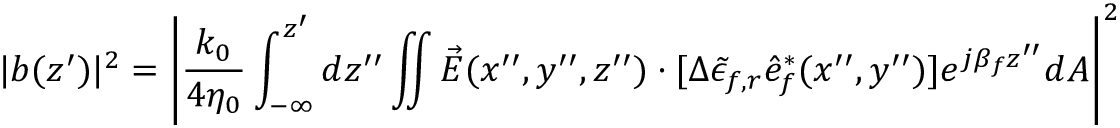
| b ( z ^ { \prime } ) | ^ { 2 } = \left| \frac { k _ { 0 } } { 4 \eta _ { 0 } } \int _ { - \infty } ^ { z ^ { \prime } } d z ^ { \prime \prime } \iint \vec { E } ( x ^ { \prime \prime } , y ^ { \prime \prime } , z ^ { \prime \prime } ) \cdot [ \Delta { \tilde { \epsilon } _ { f , r } } \hat { e } _ { f } ^ { * } ( x ^ { \prime \prime } , y ^ { \prime \prime } ) ] e ^ { j \beta _ { f } z ^ { \prime \prime } } d A \right| ^ { 2 }